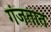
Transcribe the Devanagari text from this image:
गंजतात